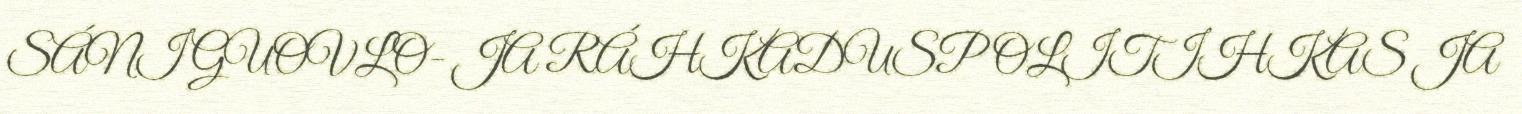
SÁNI GUOVLO- JA RÁHKADUSPOLITIHKAS JA